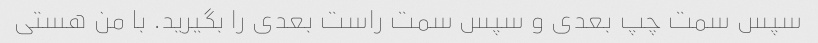
سپس سمت چپ بعدی و سپس سمت راست بعدی را بگیرید. با من هستی